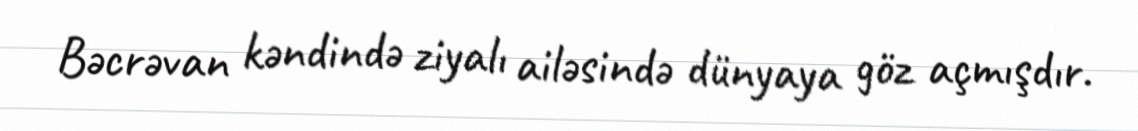
Bəcrəvan kəndində ziyalı ailəsində dünyaya göz açmışdır.